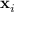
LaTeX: \mathbf { x } _ { i }